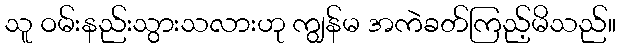
သူ ဝမ်းနည်းသွားသလားဟု ကျွန်မ အကဲခတ်ကြည့်မိသည်။